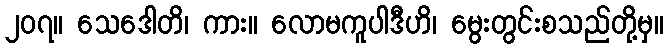
၂၀၇။ သေဒေါတိ၊ ကား။ လောမကူပါဒီဟိ၊ မွေးတွင်းစသည်တို့မှ။